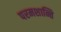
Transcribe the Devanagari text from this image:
परमशान्ति